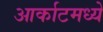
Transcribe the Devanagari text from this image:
आर्काटमध्ये